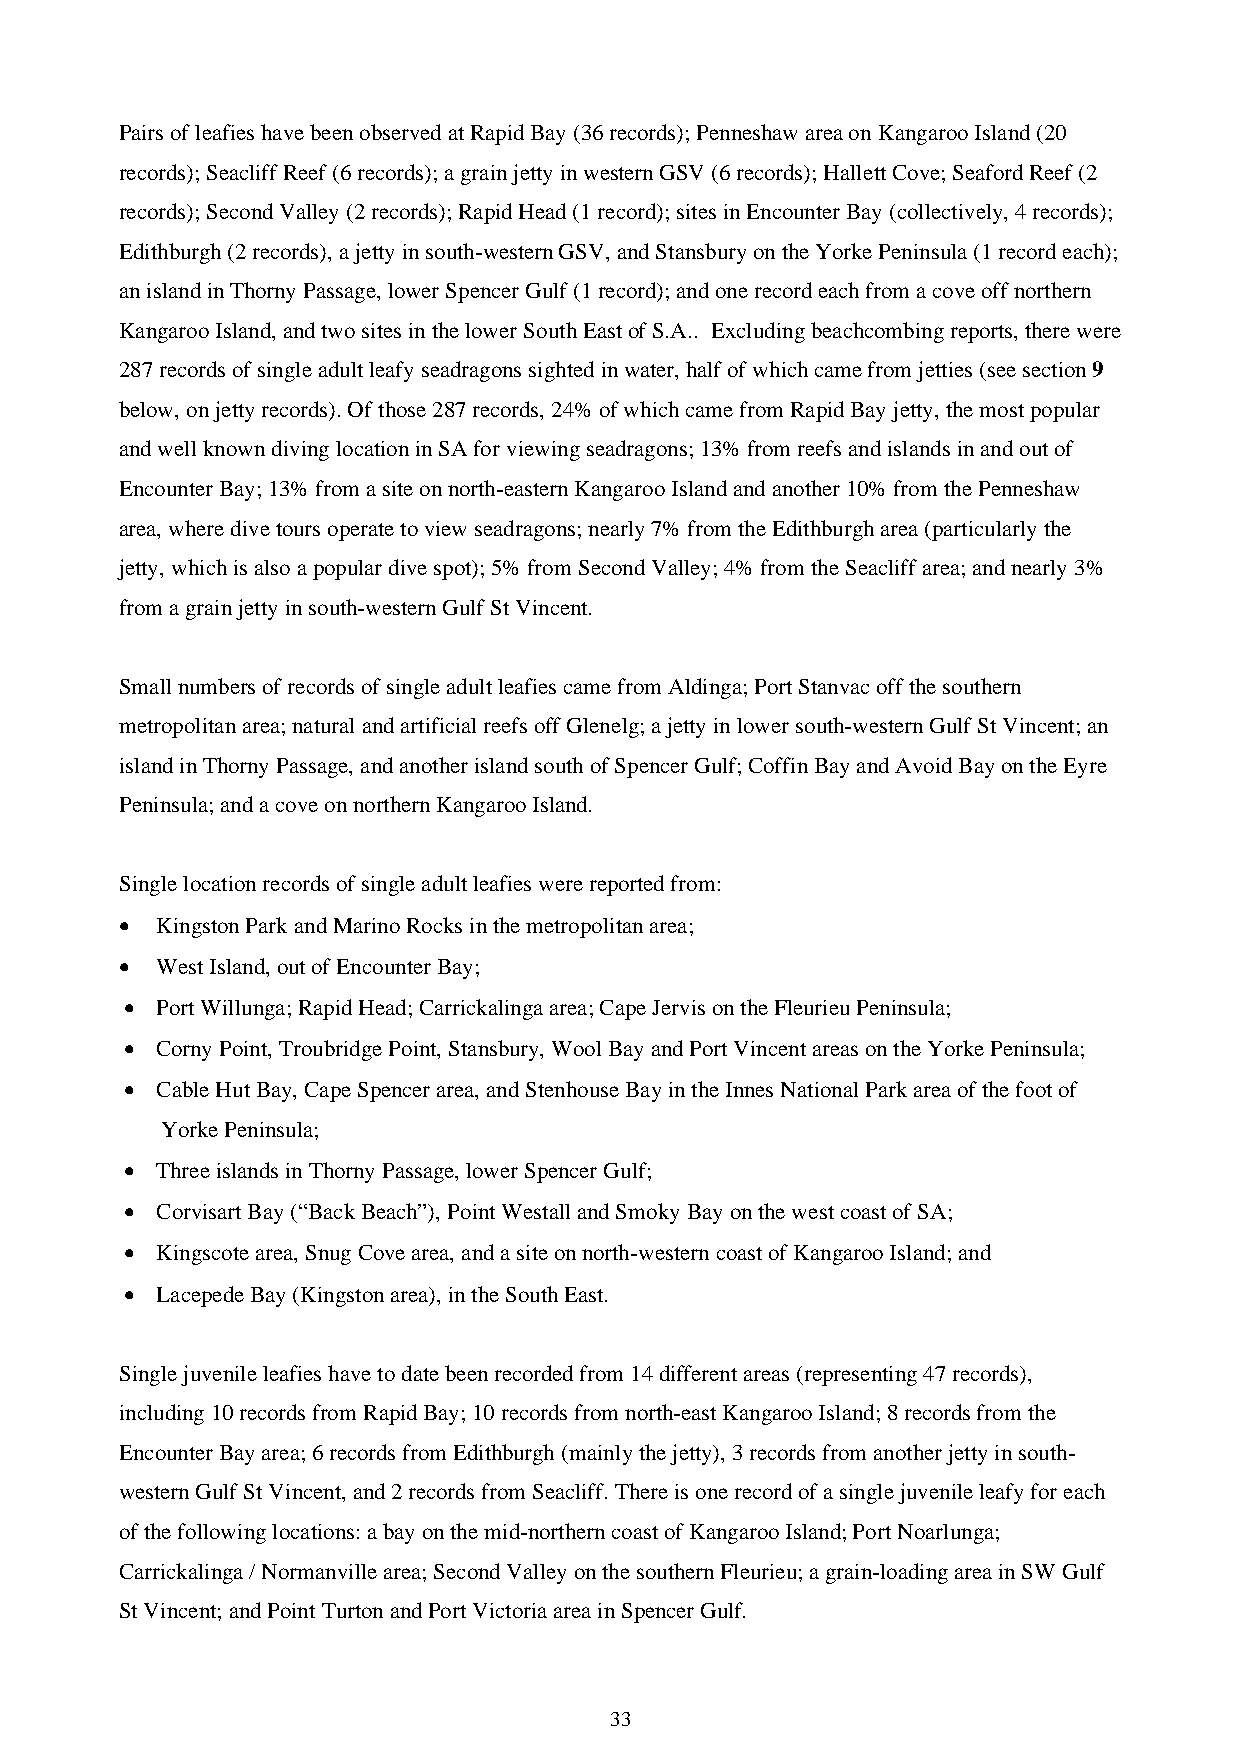
Pairs of leafies have been observed at Rapid Bay (36 records); Penneshaw area on Kangaroo Island (20
 records); Seacliff Reef (6 records); a grain jetty in western GSV (6 records); Hallett Cove; Seaford Reef (2
 records); Second Valley (2 records); Rapid Head (1 record); sites in Encounter Bay (collectively, 4 records);
 Edithburgh (2 records), a jetty in south-western GSV, and Stansbury on the Yorke Peninsula (1 record each);
 an island in Thorny Passage, lower Spencer Gulf (1 record); and one record each from a cove off northern
 Kangaroo Island, and two sites in the lower South East of S.A.. Excluding beachcombing reports, there were
 287 records of single adult leafy seadragons sighted in water, half of which came from jetties (see section 9
 below, on jetty records). Of those 287 records, 24% of which came from Rapid Bay jetty, the most popular
 and well known diving location in SA for viewing seadragons; 13% from reefs and islands in and out of
 Encounter Bay; 13% from a site on north-eastern Kangaroo Island and another 10% from the Penneshaw
 area, where dive tours operate to view seadragons; nearly 7% from the Edithburgh area (particularly the
 jetty, which is also a popular dive spot); 5% from Second Valley; 4% from the Seacliff area; and nearly 3%
 from a grain jetty in south-western Gulf St Vincent.
 Small numbers of records of single adult leafies came from Aldinga; Port Stanvac off the southern
 metropolitan area; natural and artificial reefs off Glenelg; a jetty in lower south-western Gulf St Vincent; an
 island in Thorny Passage, and another island south of Spencer Gulf; Coffin Bay and Avoid Bay on the Eyre
 Peninsula; and a cove on northern Kangaroo Island.
 Single location records of single adult leafies were reported from:
 • Kingston Park and Marino Rocks in the metropolitan area;
 • West Island, out of Encounter Bay;
 • Port Willunga; Rapid Head; Carrickalinga area; Cape Jervis on the Fleurieu Peninsula;
 • Corny Point, Troubridge Point, Stansbury, Wool Bay and Port Vincent areas on the Yorke Peninsula;
 • Cable Hut Bay, Cape Spencer area, and Stenhouse Bay in the Innes National Park area of the foot of
 Yorke Peninsula;
 • Three islands in Thorny Passage, lower Spencer Gulf;
 • Corvisart Bay (“Back Beach”), Point Westall and Smoky Bay on the west coast of SA;
 • Kingscote area, Snug Cove area, and a site on north-western coast of Kangaroo Island; and
 • Lacepede Bay (Kingston area), in the South East.
 Single juvenile leafies have to date been recorded from 14 different areas (representing 47 records),
 including 10 records from Rapid Bay; 10 records from north-east Kangaroo Island; 8 records from the
 Encounter Bay area; 6 records from Edithburgh (mainly the jetty), 3 records from another jetty in south-
 western Gulf St Vincent, and 2 records from Seacliff. There is one record of a single juvenile leafy for each
 of the following locations: a bay on the mid-northern coast of Kangaroo Island; Port Noarlunga;
 Carrickalinga / Normanville area; Second Valley on the southern Fleurieu; a grain-loading area in SW Gulf
 St Vincent; and Point Turton and Port Victoria area in Spencer Gulf.
 33